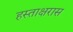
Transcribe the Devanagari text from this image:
हस्ताक्षरास